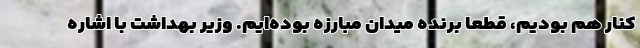
کنار هم بودیم، قطعا برنده میدان مبارزه بوده‌ایم. وزیر بهداشت با اشاره